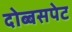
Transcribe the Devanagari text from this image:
दोब्बसपेट